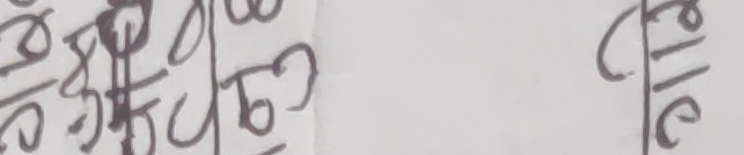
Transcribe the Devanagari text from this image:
बेलि